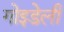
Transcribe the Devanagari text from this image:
गोइडेली